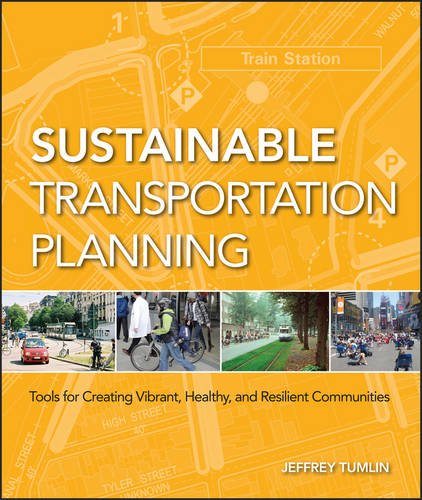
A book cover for Sustainable Transportation Planning: Tools for Creating Vibrant, Healthy, and Resilient Communities; Jeffrey Tumlin; Engineering & Transportation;